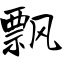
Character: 飘